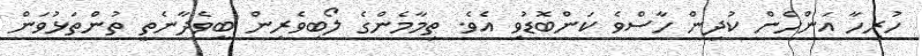
ހުރިހާ އަންހެން ކުދިން ހާސްވެ ކަންބޮޑުވި އެވެ. ތިމާމެންގެ ލޯބިވެރިން ބީވެދާނެތީ ތުންތަޅުވަން